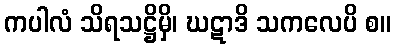
ကပါလံ သိရသဋ္ဌိမှိ၊ ဃဋာဒိ သကလေပိ စ။